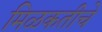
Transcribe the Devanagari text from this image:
मिळकतीचे